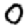
Digit: 0